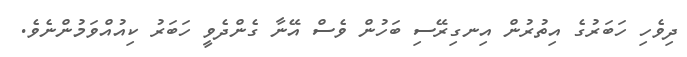
ދިވެހި ހަބަރުގެ އިތުރުން އިނގިރޭސި ބަހުން ވެސް އޭނާ ގެންދެވީ ހަބަރު ކިއުއްވަމުންނެވެ.